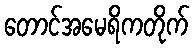
တောင်အမေရိကတိုက်